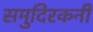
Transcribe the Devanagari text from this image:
समुदिरकनी